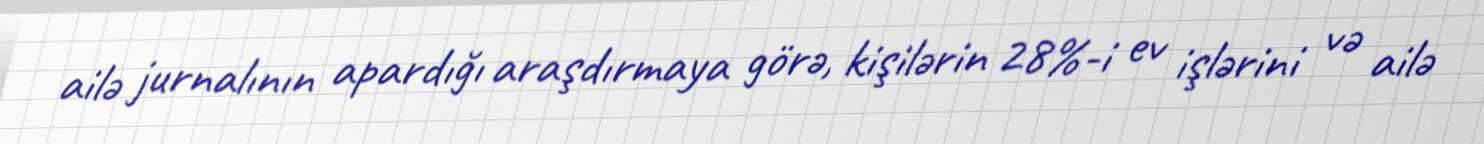
ailə jurnalının apardığı araşdırmaya görə, kişilərin 28%-i ev işlərini və ailə